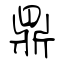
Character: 鼎